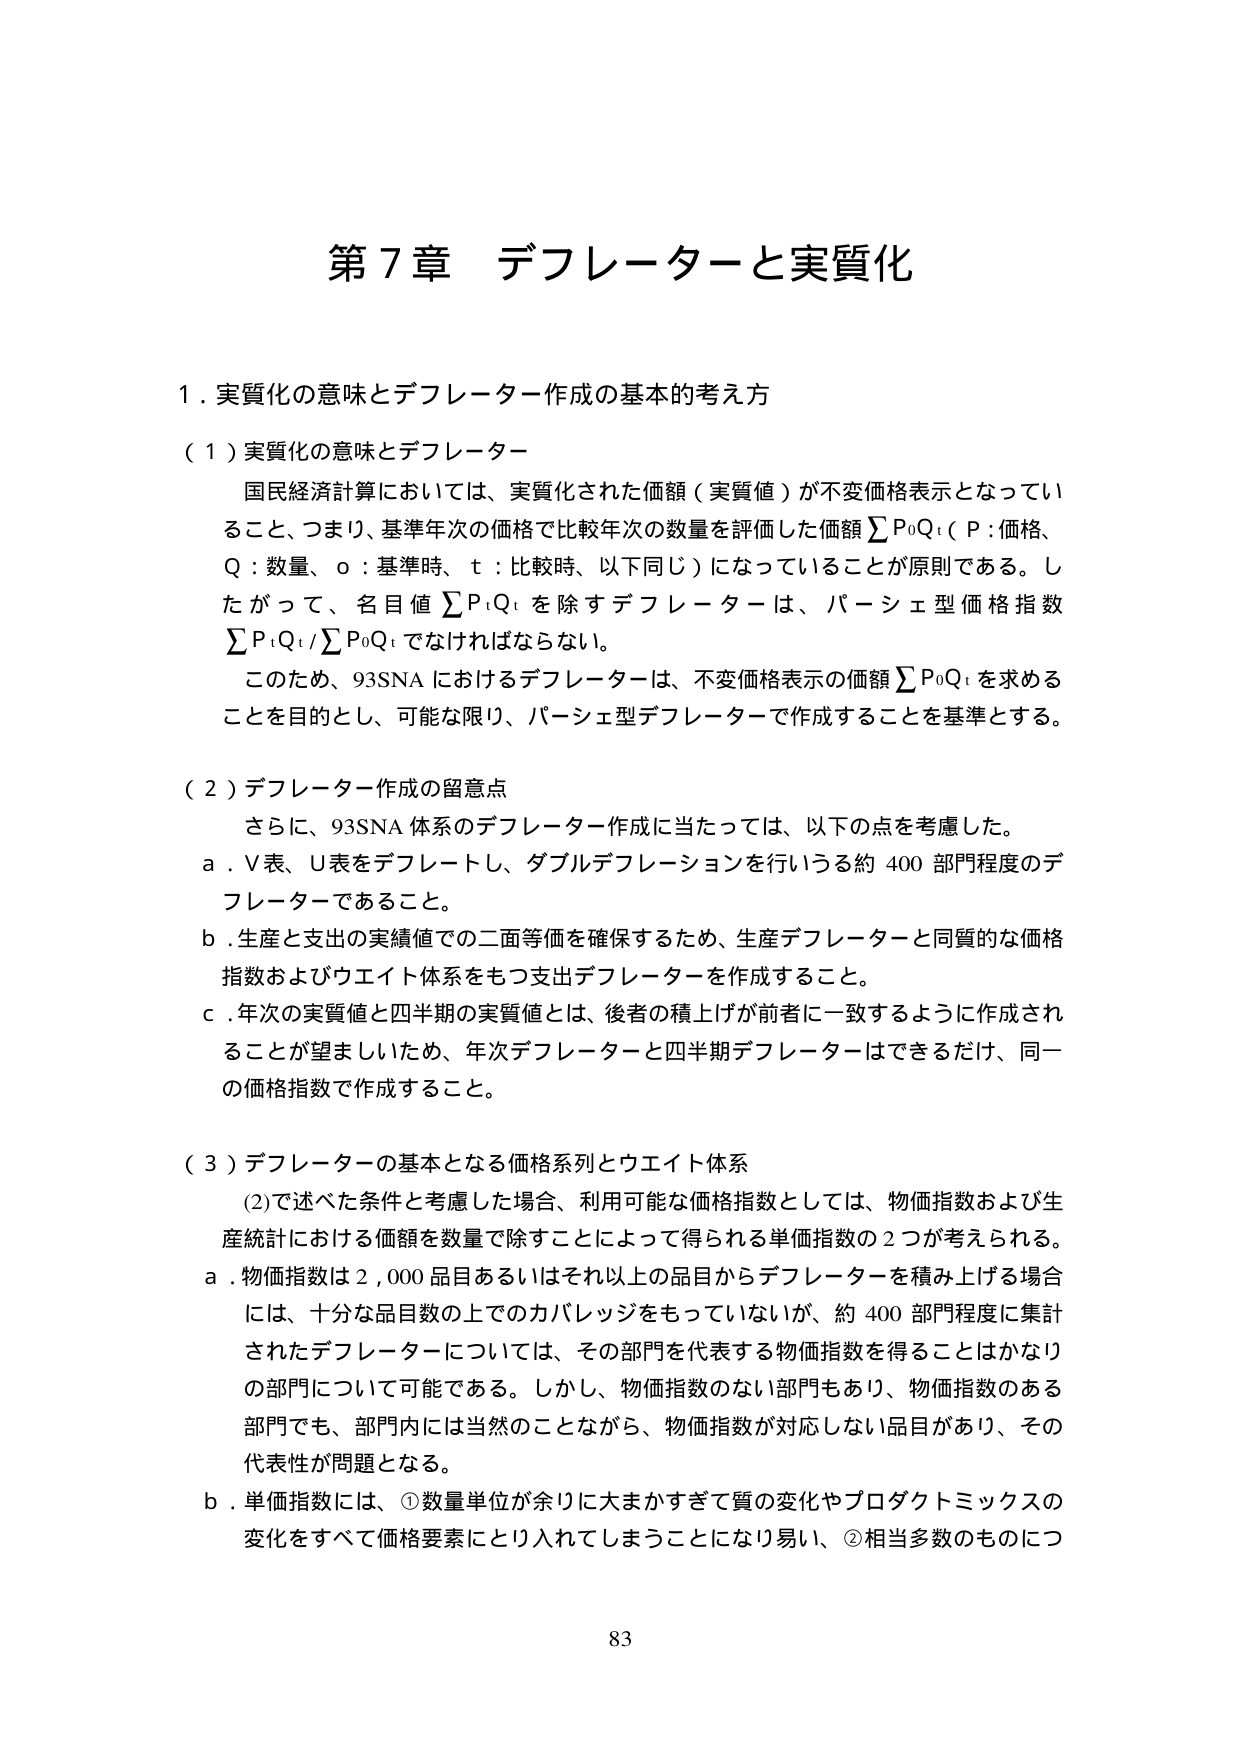
第７章 デフレーターと実質化

１．実質化の意味とデフレーター作成の基本的考え方

（１）実質化の意味とデフレーター
　国民経済計算においては、実質化された価額（実質値）が不変価格表示となっていること、つまり、基準年次の価格で比較年次の数量を評価した価額∑Ｐ₀Ｑₜ（Ｐ：価格、Ｑ：数量、ｏ：基準時、ｔ：比較時、以下同じ）になっていることが原則である。したがって、名目値∑ＰₜＱₜを除すデフレーターは、パーシェ型価格指数∑ＰₜＱₜ／∑Ｐ₀Ｑₜでなければならない。
　このため、93SNAにおけるデフレーターは、不変価格表示の価額∑Ｐ₀Ｑₜを求めることを目的とし、可能な限り、パーシェ型デフレーターで作成することを基準とする。

（２）デフレーター作成の留意点
　さらに、93SNA体系のデフレーター作成に当たっては、以下の点を考慮した。
ａ．Ｖ表、Ｕ表をデフレートし、ダブルデフレーションを行ううる約400部門程度のデフレーターであること。
ｂ．生産と支出の実績値での二面等価を確保するため、生産デフレーターと同質的な価格指数およびウエイト体系をもつ支出デフレーターを作成すること。
ｃ．年次の実質値と四半期の実質値とは、後者の積上げが前者に一致するように作成されることが望ましいため、年次デフレーターと四半期デフレーターはできるだけ、同一の価格指数で作成すること。

（３）デフレーターの基本となる価格系列とウエイト体系
　（2）で述べた条件と考慮した場合、利用可能な価格指数としては、物価指数および生産統計における価額を数量で除すことによって得られる単価指数の2つが考えられる。
ａ．物価指数は2,000品目あるいはそれ以上の品目からデフレーターを積み上げる場合には、十分な品目数の上でのカバレッジをもっていなが、約400部門程度に集計されたデフレーターについては、その部門を代表する物価指数を得ることはかなりの部門について可能である。しかし、物価指数のない部門もあり、物価指数のある部門でも、部門内には当然のことながら、物価指数が対応しない品目があり、その代表性が問題となる。
ｂ．単価指数には、①数量単位が余りに大きかすぎて質の変化やプロダクトミックスの変化をすべて価格要素にとり入れてしまうことになり易い、②相当多数のものにつ

83